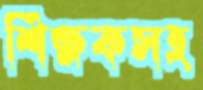
শিক্ষকসহ